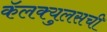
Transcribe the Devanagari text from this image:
कॅलक्युलसची